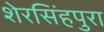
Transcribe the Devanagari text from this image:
शेरसिंहपुरा